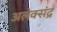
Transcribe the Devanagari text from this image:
अलेक्संद्र